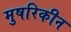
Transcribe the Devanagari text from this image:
मुषरिकीन